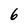
Character: 6